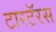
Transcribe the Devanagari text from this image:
टारटॅरस